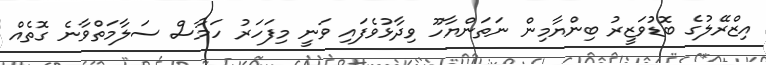
އިޒްރޭލުގެ ބޮޑުވަޒީރު ބިންޔާމިން ނަތަންޔާހޫ ވިދާޅުވެފައި ވަނީ މިފަހަރު ހަމާސް ސަލާމަތްވާނެ ގޮތެއް